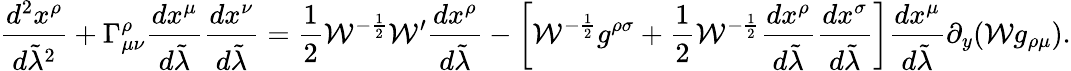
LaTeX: {\frac{d^{2}x^{\rho}}{d\tilde{\lambda}^{2}}}+\Gamma_{\mu\nu}^{\rho}{\frac{dx^{\mu}}{d\tilde{\lambda}}}{\frac{dx^{\nu}}{d\tilde{\lambda}}}={\frac{1}{2}}{\cal W}^{-{\frac{1}{2}}}{\cal W}^{\prime}{\frac{dx^{\rho}}{d\tilde{\lambda}}}-\left[{\cal W}^{-{\frac{1}{2}}}g^{\rho\sigma}+{\frac{1}{2}}{\cal W}^{-{\frac{1}{2}}}{\frac{dx^{\rho}}{d\tilde{\lambda}}}{\frac{dx^{\sigma}}{d\tilde{\lambda}}}\right]{\frac{dx^{\mu}}{d\tilde{\lambda}}}\partial_{y}({\cal W}g_{\rho\mu}).